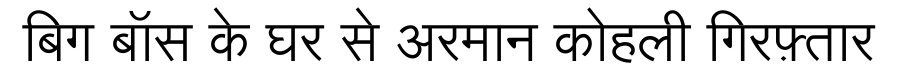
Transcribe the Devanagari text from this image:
बिग बॉस के घर से अरमान कोहली गिरफ़्तार